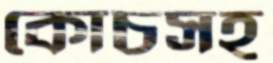
কোচসহ